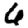
Digit: 6